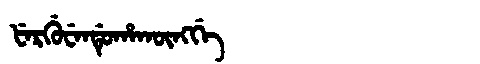
Manchu: ᡶᡝᡵᡤᡠᠸᡝᠨᡩᡠᡥᠠᡴᡡᠩᡤᡝ
Romanization: FERGUWENDUHAKŪNGGE